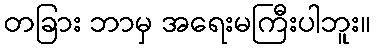
တခြား ဘာမှ အရေးမကြီးပါဘူး။